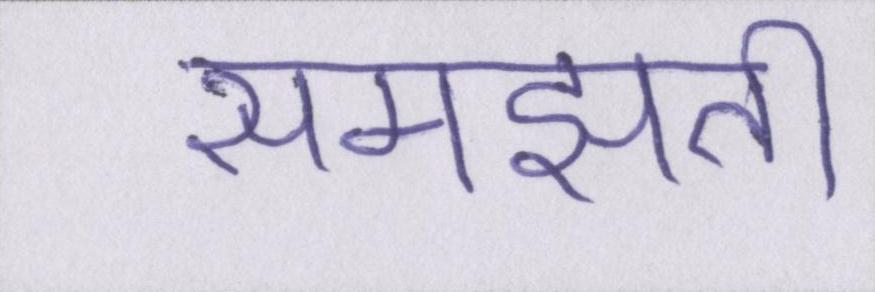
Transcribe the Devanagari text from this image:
समझती